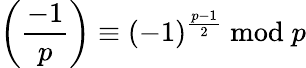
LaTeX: \left({\frac{-1}{p}}\right)\equiv(-1)^{\frac{p-1}{2}}{\bmod{p}}